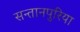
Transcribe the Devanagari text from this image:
सन्तानपुरिया